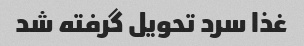
غذا سرد تحویل گرفته شد